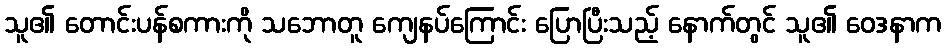
သူ၏ တောင်းပန်စကားကို သဘောတူ ကျေနပ်ကြောင်း ပြောပြီးသည့် နောက်တွင် သူ၏ ဝေဒနာက